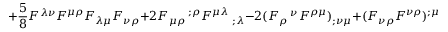
+ \frac 5 8 F ^ { \lambda \nu } F ^ { \mu \rho } F _ { \lambda \mu } F _ { \nu \rho } + 2 F _ { \mu \rho } ~ ^ { ; \rho } F ^ { \mu \lambda } ~ _ { ; \lambda } - 2 ( F _ { \rho } ~ ^ { \nu } F ^ { \rho \mu } ) _ { ; \nu \mu } + ( F _ { \nu \rho } F ^ { \nu \rho } ) ^ { ; \mu } ~ _ { \mu } ~ ~ .